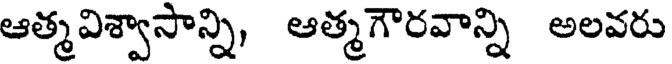
ఆత్మవిశ్వాసాన్ని, ఆత్మగౌరవాన్ని అలవరు